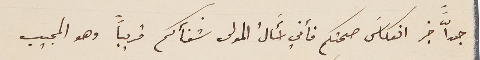
جداًّ خبر انعكاسَ صحتكم فأني أَسالُ المولى شفآكم قريباً وهو المجيب